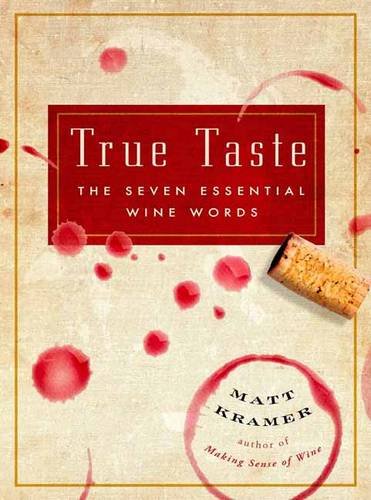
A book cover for True Taste: The Seven Essential Wine Words; Matt Kramer; Cookbooks, Food & Wine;